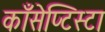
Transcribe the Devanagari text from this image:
काँसेप्टिस्टा